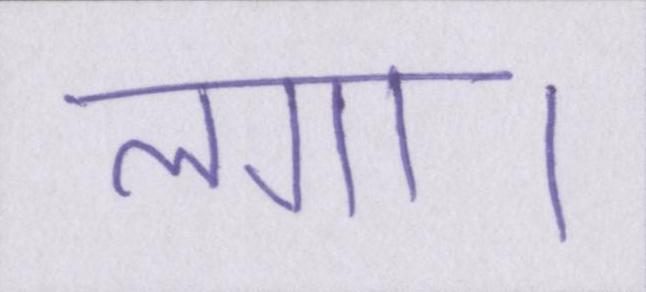
लगा।